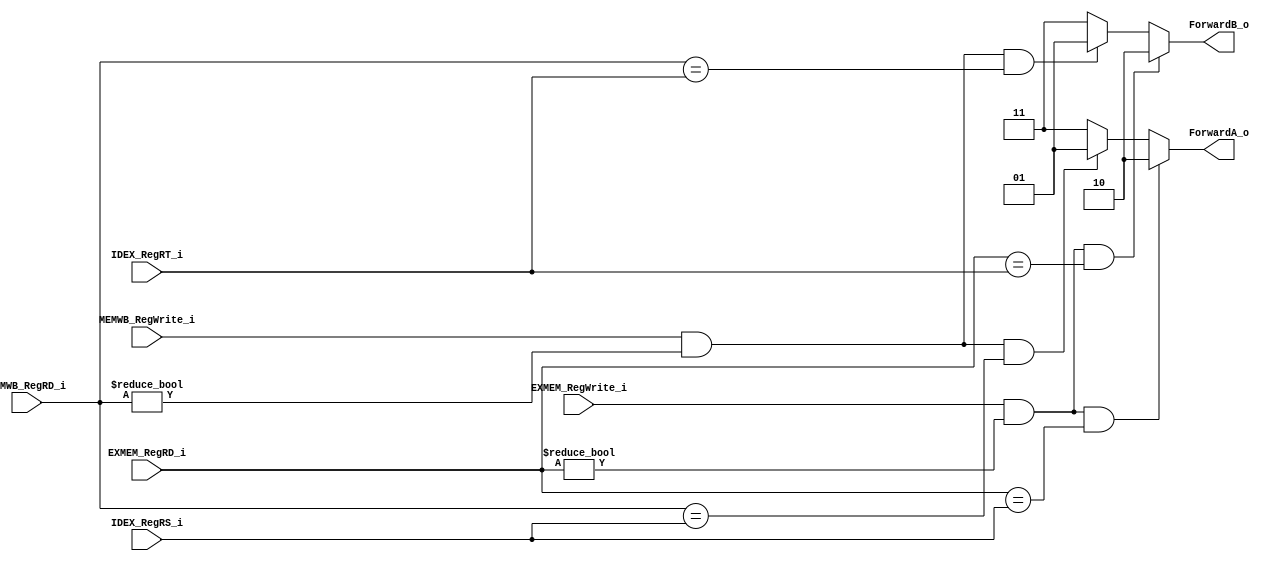
module Forwarding
(
    EXMEM_RegWrite_i,
	EXMEM_RegRD_i,
	MEMWB_RegWrite_i,
	MEMWB_RegRD_i,
	IDEX_RegRS_i,
	IDEX_RegRT_i,

	ForwardA_o,
	ForwardB_o
);

input				EXMEM_RegWrite_i, MEMWB_RegWrite_i;
input   [4:0]       EXMEM_RegRD_i, MEMWB_RegRD_i, IDEX_RegRS_i, IDEX_RegRT_i;
output	[1:0]		ForwardA_o, ForwardB_o;

reg		[1:0]		ForwardA_o, ForwardB_o;


always@(*) begin
    if(EXMEM_RegWrite_i && (EXMEM_RegRD_i != 5'b0) && (EXMEM_RegRD_i == IDEX_RegRS_i))
		ForwardA_o = 2'b10;
	else begin
		if(MEMWB_RegWrite_i && (MEMWB_RegRD_i != 5'b0) && (MEMWB_RegRD_i == IDEX_RegRS_i))
			ForwardA_o = 2'b01;
		else
			ForwardA_o = 2'b11;
	end

	if(EXMEM_RegWrite_i && (EXMEM_RegRD_i != 5'b0) && (EXMEM_RegRD_i == IDEX_RegRT_i))
		ForwardB_o = 2'b10;
	else begin
		if(MEMWB_RegWrite_i && (MEMWB_RegRD_i != 5'b0) && (MEMWB_RegRD_i == IDEX_RegRT_i))
			ForwardB_o = 2'b01;
		else
			ForwardB_o = 2'b11;
	end

end

endmodule